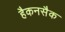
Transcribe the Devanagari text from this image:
हैकनसैक